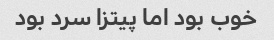
خوب بود اما پیتزا سرد بود